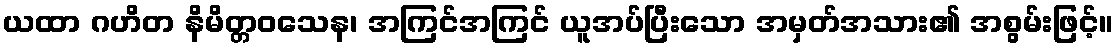
ယထာ ဂဟိတ နိမိတ္တဝသေန၊ အကြင်အကြင် ယူအပ်ပြီးသော အမှတ်အသား၏ အစွမ်းဖြင့်။